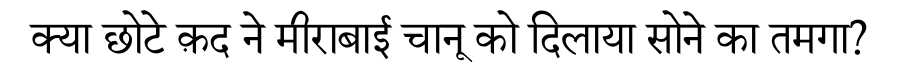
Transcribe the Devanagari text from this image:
क्या छोटे क़द ने मीराबाई चानू को दिलाया सोने का तमगा?